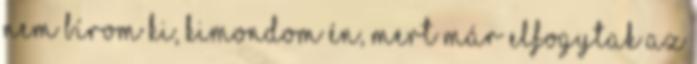
nem bírom ki, kimondom én, mert már elfogytak az